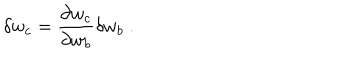
\delta w _ { c } = \frac { \partial w _ { c } } { \partial w _ { b } } \delta w _ { b } \ .